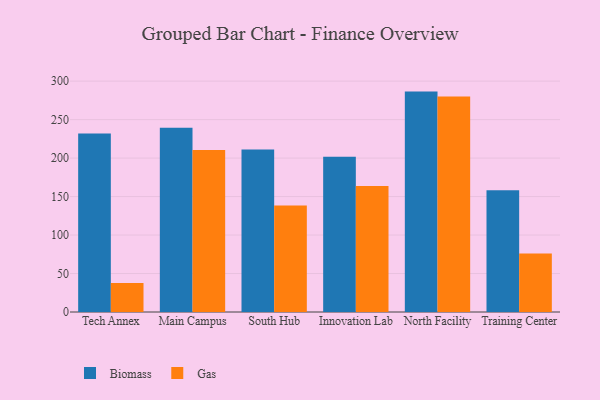
{"axis": {"x": "Campus", "y": "Shipments"}, "legend": ["Biomass", "Gas"], "data": [{"x": "Tech Annex", "y": 231.8, "type": "Biomass"}, {"x": "Tech Annex", "y": 37.8, "type": "Gas"}, {"x": "Main Campus", "y": 239.3, "type": "Biomass"}, {"x": "Main Campus", "y": 210.6, "type": "Gas"}, {"x": "South Hub", "y": 211.3, "type": "Biomass"}, {"x": "South Hub", "y": 138.4, "type": "Gas"}, {"x": "Innovation Lab", "y": 201.6, "type": "Biomass"}, {"x": "Innovation Lab", "y": 163.7, "type": "Gas"}, {"x": "North Facility", "y": 286.4, "type": "Biomass"}, {"x": "North Facility", "y": 280.0, "type": "Gas"}, {"x": "Training Center", "y": 158.2, "type": "Biomass"}, {"x": "Training Center", "y": 75.9, "type": "Gas"}]}